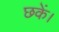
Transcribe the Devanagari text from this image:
छकें।